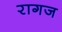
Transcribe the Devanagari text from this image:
रागज